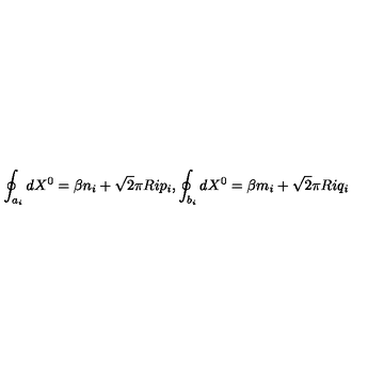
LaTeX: \oint _ { a _ { i } } d X ^ { 0 } = \beta n _ { i } + \sqrt { 2 } \pi R i p _ { i } , \oint _ { b _ { i } } d X ^ { 0 } = \beta m _ { i } + \sqrt { 2 } \pi R i q _ { i }